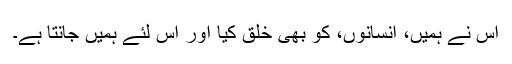
اس نے ہمیں، انسانوں، کو بھی خلق کیا اور اس لئے ہمیں جانتا ہے۔